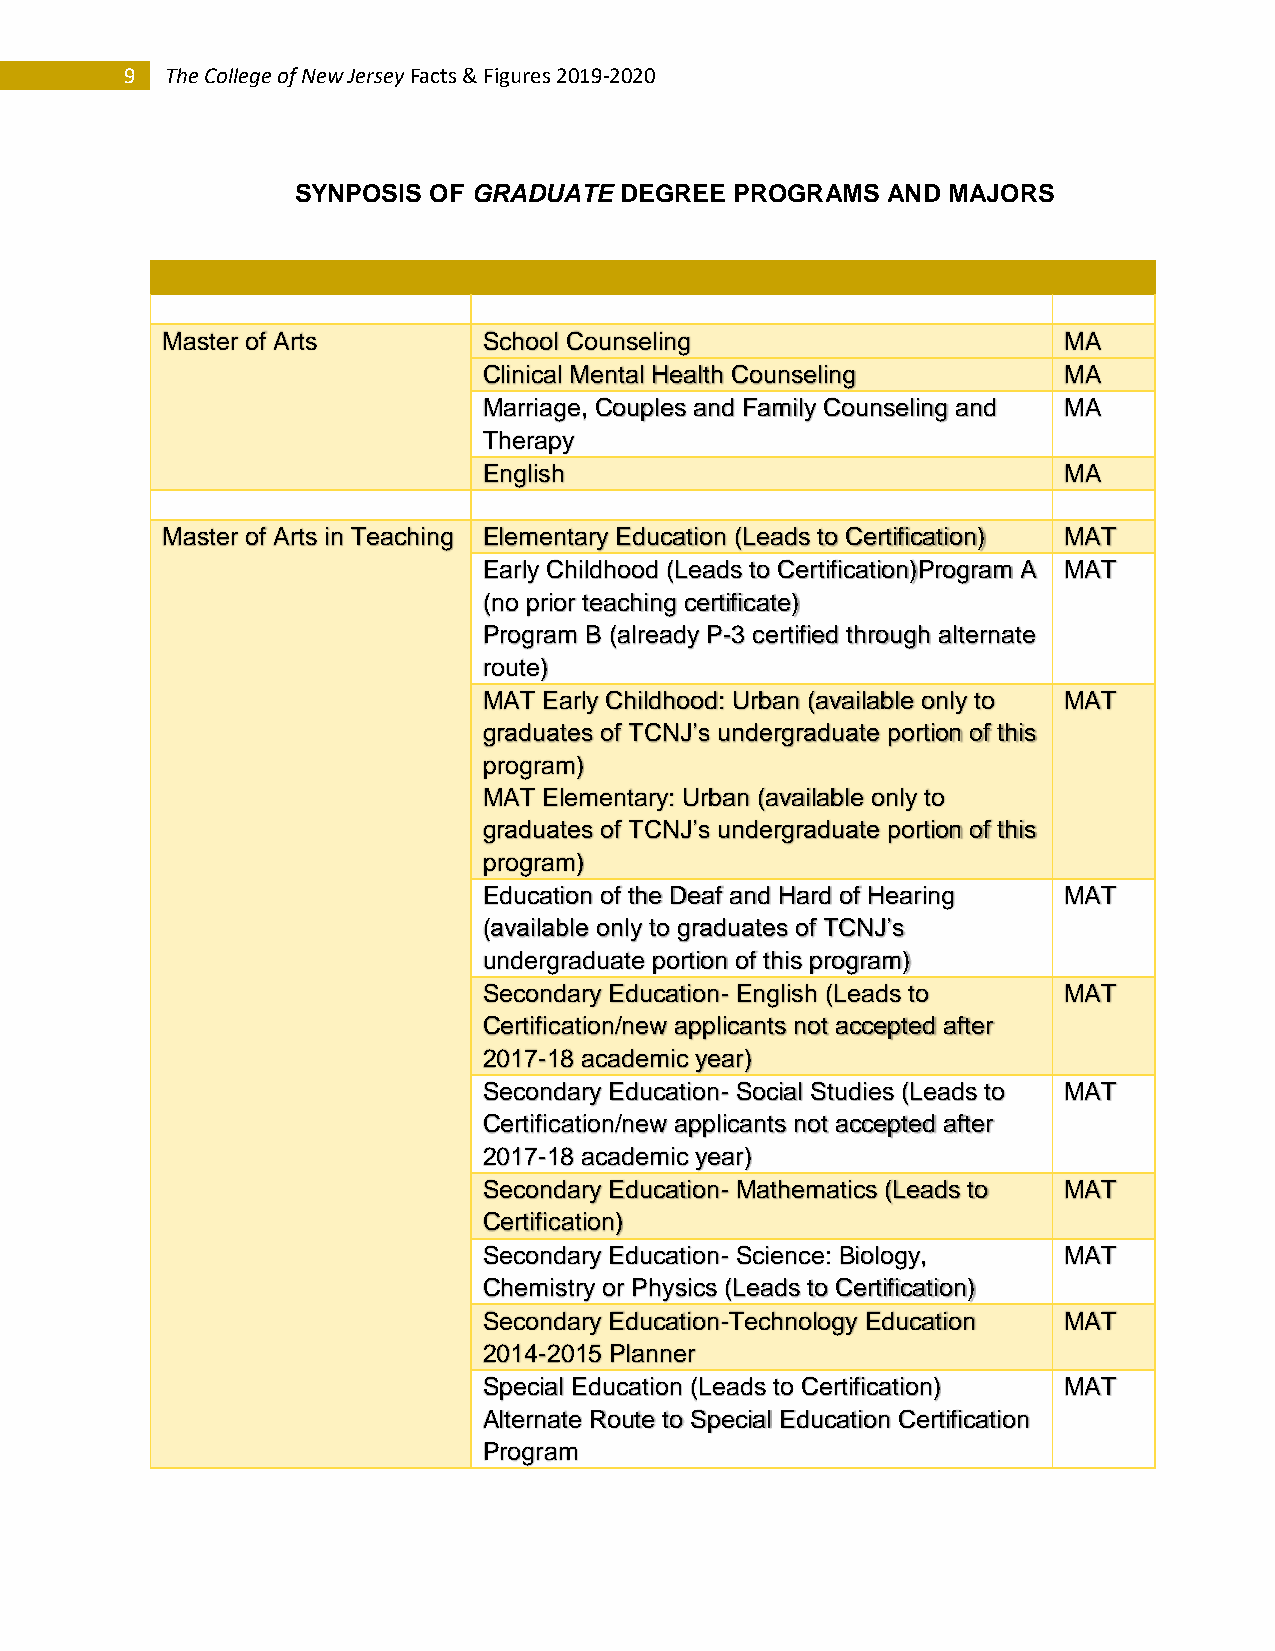
9  The College of New Jersey Facts & Figures 2019-2020
 SYNPOSIS OF GRADUATE DEGREE  PROGRAMS  AND MAJORS
 Master of Arts       School Counseling                     MA
 Clinical Mental Health Counseling     MA
 Marriage, Couples and Family Counseling and MA
 Therapy
 English                               MA
 Master of Arts in Teaching Elementary Education (Leads to Certification) MAT
 Early Childhood (Leads to Certification)Program A MAT
 (no prior teaching certificate)
 Program B (already P-3 certified through alternate
 route)
 MAT Early Childhood: Urban (available only to MAT
 graduates of TCNJ’s undergraduate portion of this
 program)
 MAT Elementary: Urban (available only to
 graduates of TCNJ’s undergraduate portion of this
 program)
 Education of the Deaf and Hard of Hearing MAT
 (available only to graduates of TCNJ’s
 undergraduate portion of this program)
 Secondary Education- English (Leads to MAT
 Certification/new applicants not accepted after
 2017-18 academic year)
 Secondary Education- Social Studies (Leads to MAT
 Certification/new applicants not accepted after
 2017-18 academic year)
 Secondary Education- Mathematics (Leads to MAT
 Certification)
 Secondary Education- Science: Biology, MAT
 Chemistry or Physics (Leads to Certification)
 Secondary Education-Technology Education MAT
 2014-2015 Planner
 Special Education (Leads to Certification) MAT
 Alternate Route to Special Education Certification
 Program